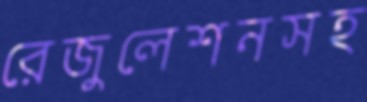
রেজুলেশনসহ